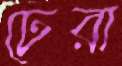
ঢেরা